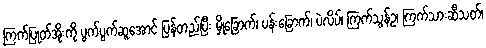
ကြက်ပြုတ်အိုးကို ပွက်ပွက်ဆူအောင် ပြန်တည်ပြီး မှိုခြောက်၊ ပန်းခြောက်၊ ပဲလိပ်၊ ကြက်သွန်ဥ၊ ကြက်သားဆီသတ်၊